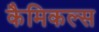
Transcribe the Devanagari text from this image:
कैमिकल्‍स